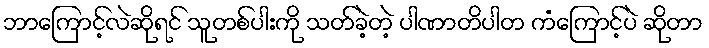
ဘာကြောင့်လဲဆိုရင် သူတစ်ပါးကို သတ်ခဲ့တဲ့ ပါဏာတိပါတ ကံကြောင့်ပဲ ဆိုတာ